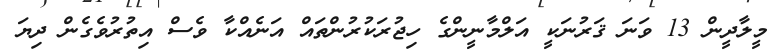
މީލާދީން 13 ވަނަ ޤަރުނަކީ އަލްމާނީންގެ ހިޖުރަކުރުންތައް އަނެއްކާ ވެސް އިތުރުވެގެން ދިޔަ